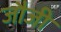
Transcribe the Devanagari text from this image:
जौजी